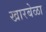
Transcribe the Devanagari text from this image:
खारबेळा